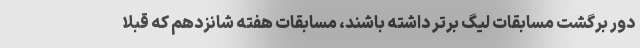
دور برگشت مسابقات لیگ برتر داشته باشند، مسابقات هفته شانزدهم که قبلا